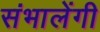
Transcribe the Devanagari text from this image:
संभालेंगी